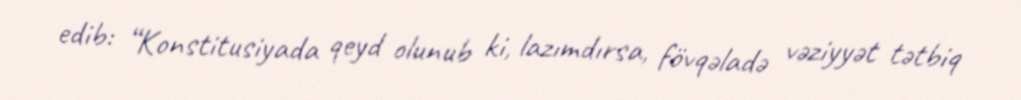
edib: “Konstitusiyada qeyd olunub ki, lazımdırsa, fövqəladə vəziyyət tətbiq